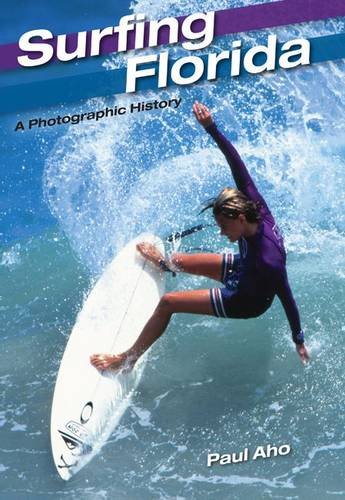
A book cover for Surfing Florida: A Photographic History; Paul Aho; Arts & Photography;